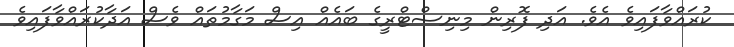
ކުރައްވާފައިވެ އެވެ. އަދި ފޮރިން މިނިސްޓްރީގެ ބައެއް އިސް މަގާމުތައް ވެސް އަދާކުރައްވާފައިވެ